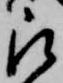
被